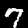
Label: 7